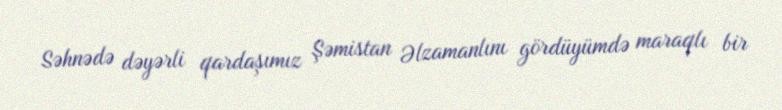
Səhnədə dəyərli qardaşımız Şəmistan Əlzamanlını gördüyümdə maraqlı bir